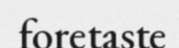
foretaste